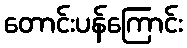
တောင်းပန်ကြောင်း